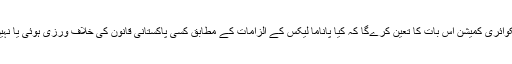
انکوائری کمیشن اس بات کا تعین کرےگا کہ کیا پاناما لیکس کے الزامات کے مطابق کسی پاکستانی قانون کی خلاف ورزی ہوئی یا نہیں۔